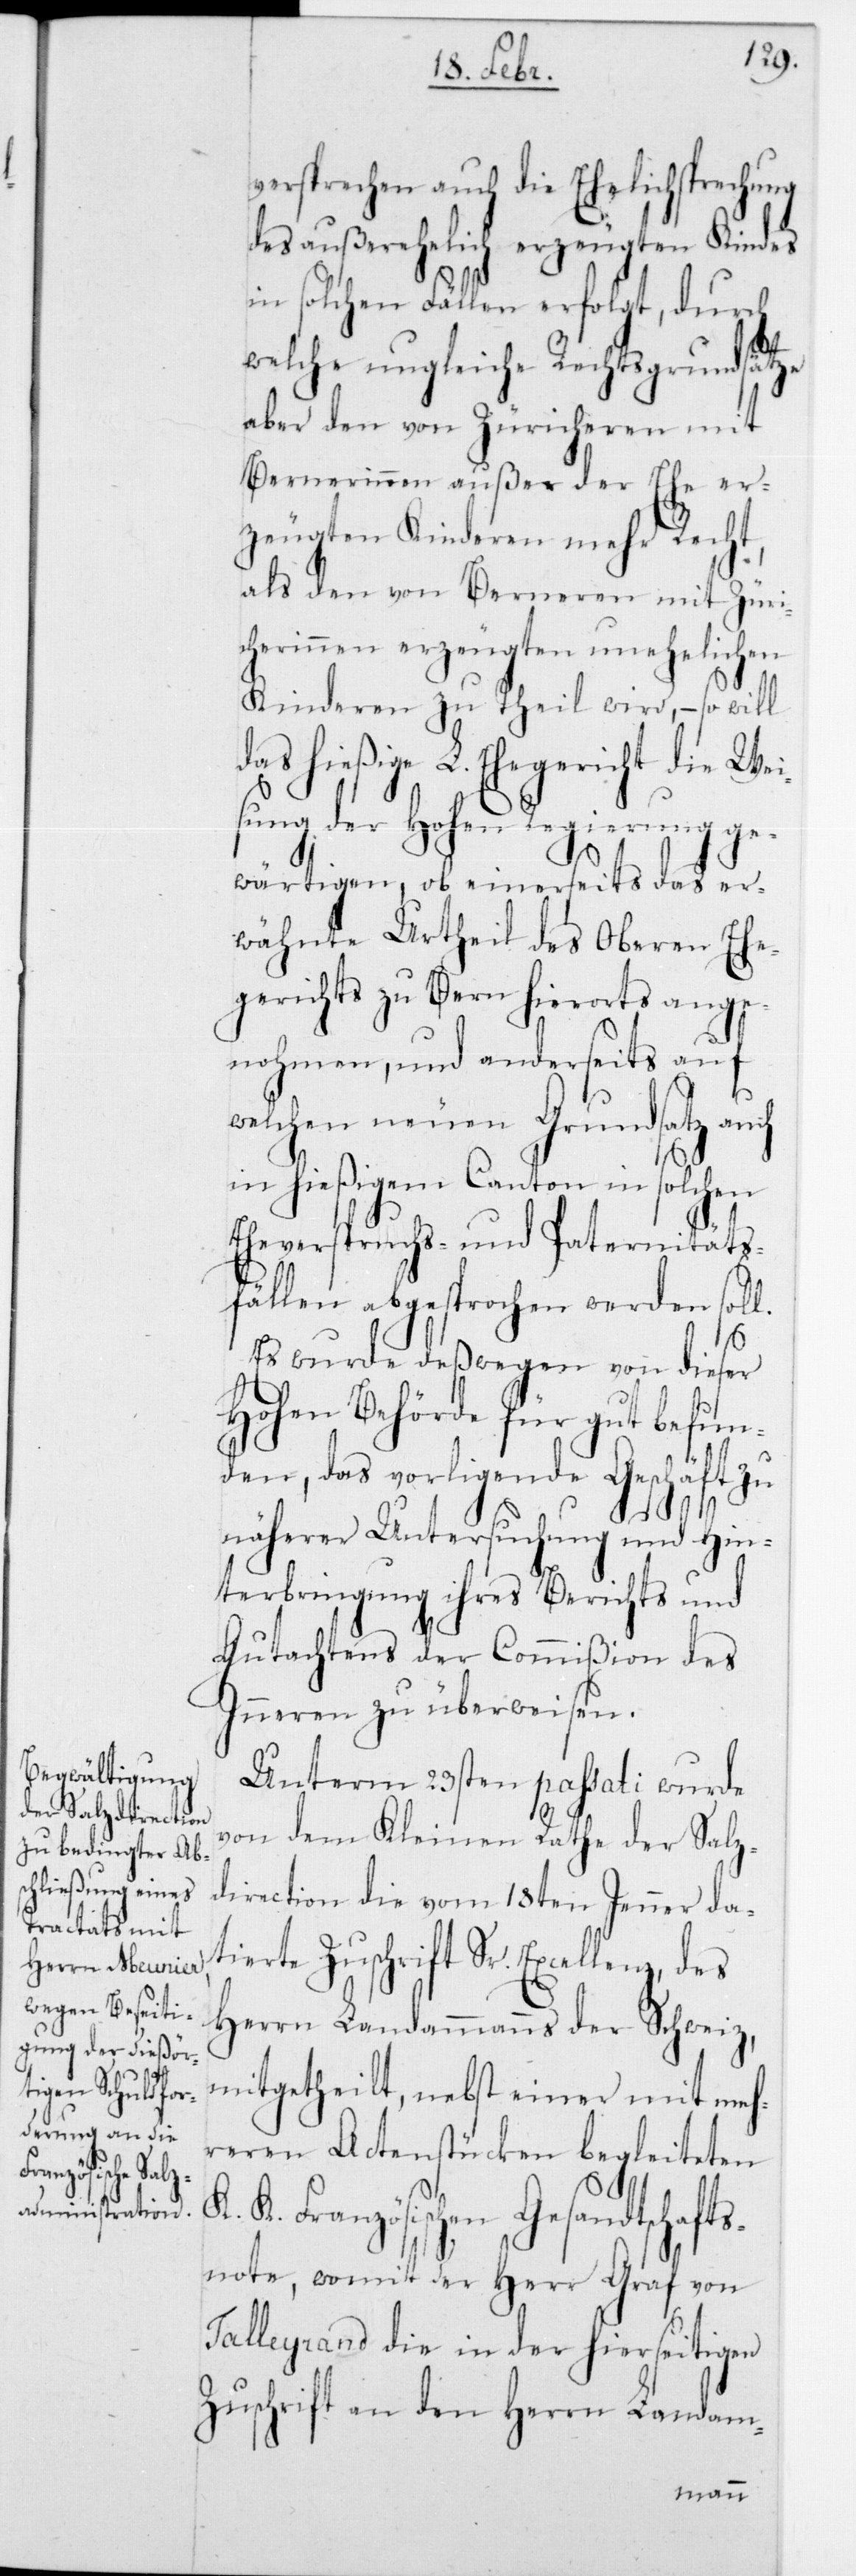
K.

versprechen auch die Ehelichsprechung
des außerehelich erzeugten Kindes
in solchen Fällen erfolgt, durch
welche ungleiche Rechtsgrundsätze
aber den von Züricheren mit
Bernerinnen außer der Ehe er¬
zeugten Kinderen mehr Recht,
als den von Berneren mit Züri¬
cherinnen erzeugten unehelichen
Kinderen zu theil wird, – so will
das hießige L. Ehegericht die Wei¬
sung der Hohen Regierung ge¬
wärtigen, ob einerseits das er¬
wähnte Urtheil der Oberen Ehe¬
gerichts zu Bern hierorts ange¬
nohmen, und anderseits auf
welchen neuen Grundsatz auch
in hießigem Canton in solchen
Eheverspruchs- und Paternitäts¬
fällen abgesprochen werden soll.
Es wurde deßwegen von dieser
Hohen Behörde für gut befun¬
den, das vorliegende Geschäft zu
näherer Untersuchung und Hin¬
terbringung ihres Berichts und
Gutachtens der Commißion des
Innern zu überweisen.
Unterm 23sten passati wurde
von dem Kleinen Rathe der Salz¬
direction die vom 18ten Jenner da¬
tierte Zuschrift Sr. Excellenz, des
Herrn Landammanns der Schweiz
mitgetheilt, nebst einer mit meh¬
reren Actenstücken begleiteten
Französischen Gesandtschaft¬
snote, womit der Herr Graf von
Talleyrand die in der hierseitigen
Zuschrift an den Herrn Landam-